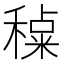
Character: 𰨶